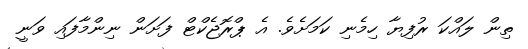
ތިން ލައްކަ ރުފިޔާ ހިމެނި ކަމަށެވެ. އެ ޕްރޮޖެކްޓް ފަށަން ނިންމާފައި ވަނީ